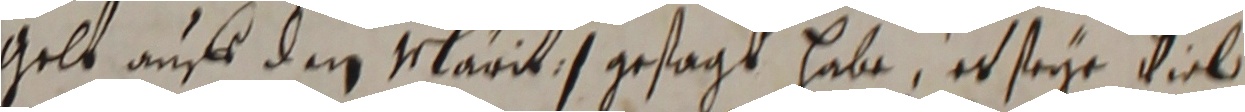
gelt auff dem Märit) gesagt habe, er seye viel